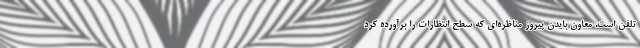
تلفن است. معاون بایدن پیروز مناظره‌ای که سطح انتظارات را برآورده کرد